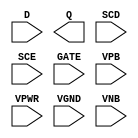
module sky130_fd_sc_hvl__sdlxtp (
    //# {{data|Data Signals}}
    input  D   ,
    output Q   ,

    //# {{scanchain|Scan Chain}}
    input  SCD ,
    input  SCE ,

    //# {{clocks|Clocking}}
    input  GATE,

    //# {{power|Power}}
    input  VPB ,
    input  VPWR,
    input  VGND,
    input  VNB
);
endmodule